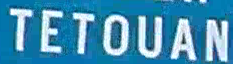
TETOUAN